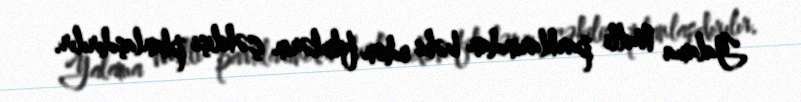
Yalama Milli parklarından bəhs edən filmlərin çəkilişi planlaşdırılır.